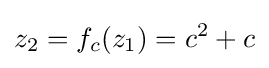
z_{2}=f_{c}(z_{1})=c^{2}+c